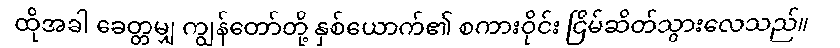
ထိုအခါ ခေတ္တမျှ ကျွန်တော်တို့ နှစ်ယောက်၏ စကားဝိုင်း ငြိမ်ဆိတ်သွားလေသည်။